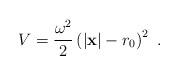
LaTeX: \begin{align*}V = \frac{\omega^2}{2}\left( |{\bf x}| - r_0\right)^2\ .\end{align*}